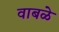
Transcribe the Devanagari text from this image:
वाबळे